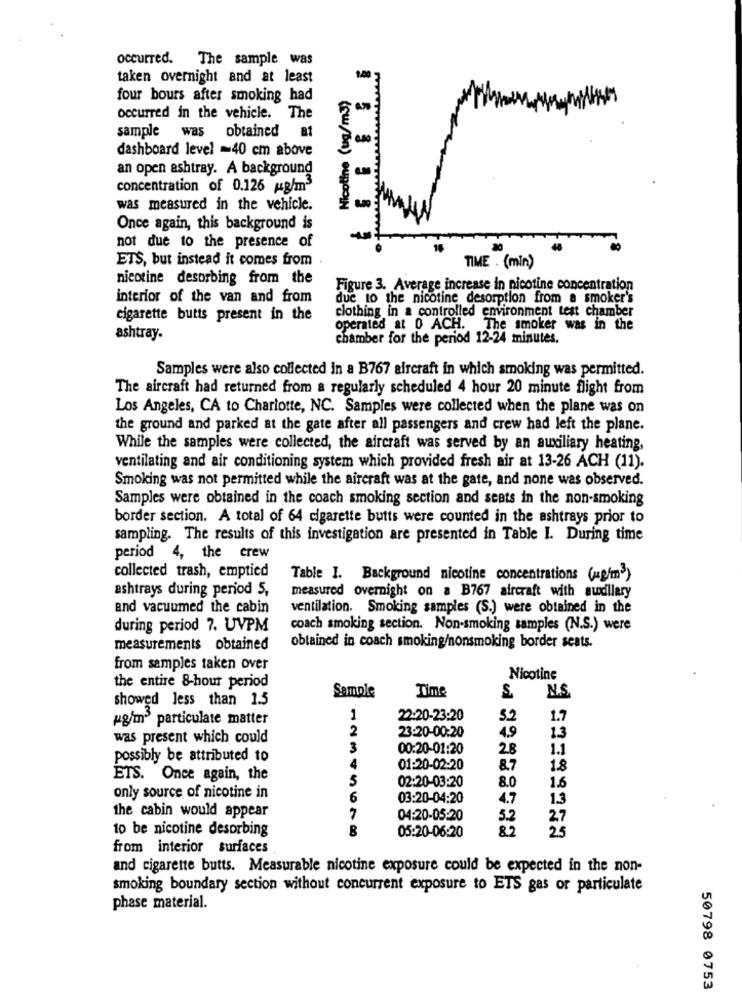
occurred. The sample was
taken overnight and at least
four bours after smoking had
4.70
occurred in the vehicle. The
sample was obtained at
dashboard level -40 cm above
an open ashtray. A background
concentration of 0.126 g/m3
was measured in the vehicle.
(w/Dn) ougooIN
Once again, this background is
not due to the presence of
ETS, but instead it comes from
TIME . (min)
nicotine desorbing from the
Figure 3. Average increase in nicotine concentration
interior of the van and from
due to the nicotine desorption from a smoker's
clothing in a controlled environment test chamber
cigarette butts present in the
operated at 0 ACH. The smoker was in the
ashtray.
chamber for the period 12-24 minutes.
Samples were also collected in a B767 aircraft in which smoking was permitted.
The aircraft had returned from a regularly scheduled 4 hour 20 minute flight from
Los Angeles, CA to Charlotte, NC. Samples were collected when the plane was on
the ground and parked at the gate after all passengers and crew had left the plane.
While the samples were collected, the aircraft was served by an auxiliary heating,
ventilating and air conditioning system which provided fresh air at 13-26 ACH (11).
Smoking was not permitted while the aircraft was at the gate, and none was observed.
Samples were obtained in the coach smoking section and seats in the non-smoking
border section. A total of 64 cigarette butts were counted in the ashtrays prior to
sampling. The results of this investigation are presented in Table I. During time
period 4, the crew
collected trash, emptied
Table I. Background nicotine concentrations (ug'm3)
ashtrays during period 5,
measured overnight on a B767 aircraft with auxillary
and vacuumed the cabin
ventilation. Smoking samples (S.) were obtained in the
during period 7. UVPM
coach smoking section. Non-smoking samples (N.S.) were
obtained in coach smoking/nonsmoking border seats.
measurements obtained
from samples taken over
the entire 8-hour period
Nicotine
Time
showed less than 1.5
Sample
N.S.
kg/m particulate matter
1
22:20-23:20
52
1.7
2
23:20-00:20
4.9
was present which could
13
3
00:20-01:20
2.8
1.1
possibly be attributed to
4
01:20-02-20
8.7
1.8
ETS. Once again, the
5
02:20-03:20
8.0
1.6
only source of nicotine in
6
03:20-04:20
4.7
13
the cabin would appear
7
04:20-05:20
5.2
27
10 be nicotine desorbing
B
05:20-06:20
82
25
from interior surfaces
and cigarette butts. Measurable nicotine exposure could be expected in the non-
smoking boundary section without concurrent exposure to ETS gas or particulate
phase material.
50798 0753